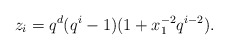
\begin{align*} z_i = q^d (q^i-1)(1 + x_1^{-2} q^{i-2}). \end{align*}